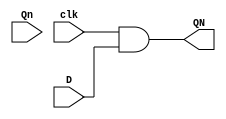
module dflipflop(clk,D,Qn,QN);
  input clk,D,Qn;
  output QN;
  assign QN = clk&D;
endmodule